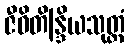
ဇီဝိတိန္ဒြိယသုတ္တံ